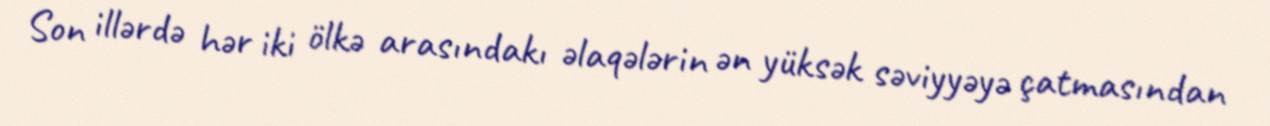
Son illərdə hər iki ölkə arasındakı əlaqələrin ən yüksək səviyyəyə çatmasından